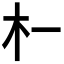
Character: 𬂜